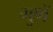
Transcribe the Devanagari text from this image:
गुणें